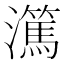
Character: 𬉤